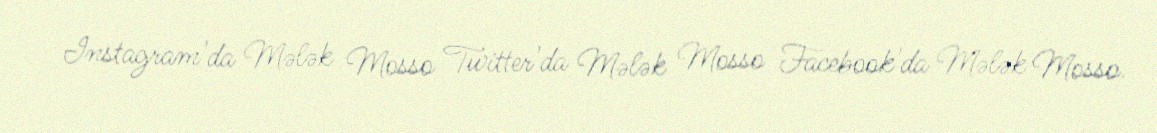
Instagram'da Mələk Mosso Twitter'da Mələk Mosso Facebook'da Mələk Mosso.